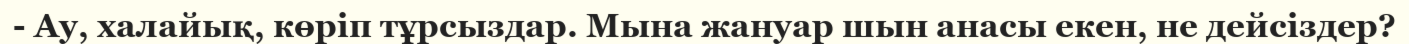
- Ау, халайық, көріп тұрсыздар. Мына жануар шын анасы екен, не дейсіздер?